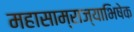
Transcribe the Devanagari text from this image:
महासाम्राज्याभिषेक